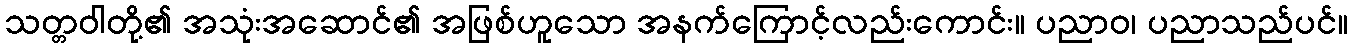
သတ္တဝါတို့၏ အသုံးအဆောင်၏ အဖြစ်ဟူသော အနက်ကြောင့်လည်းကောင်း။ ပညာဝ၊ ပညာသည်ပင်။